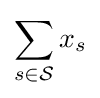
\sum _{s\in {\mathcal {S}}}x_{s}